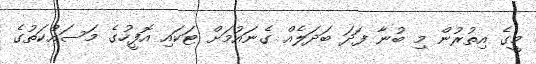
މީގެ އިތުރުން މި ބުނާ ފަދަ ބަދަލެއް ގެނައުމަށް ޓަކައި އޮފީހުގެ މަސައްކަތުގެ